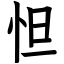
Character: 怛